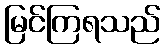
မြင်ကြရသည်